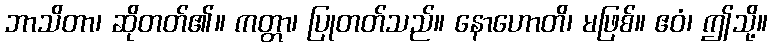
ဘာသိတာ၊ ဆိုတတ်၏။ ကတ္တာ၊ ပြုတတ်သည်။ နောဟောတိ၊ မဖြစ်။ ဧဝံ၊ ဤသို့။